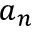
a _ { n }